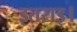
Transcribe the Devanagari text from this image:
इतराइ।